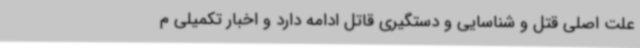
علت اصلی قتل و شناسایی و دستگیری قاتل ادامه دارد و اخبار تکمیلی م